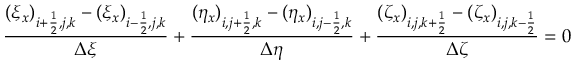
\frac { ( \xi _ { x } ) _ { i + \frac { 1 } { 2 } , j , k } - ( \xi _ { x } ) _ { i - \frac { 1 } { 2 } , j , k } } { \Delta \xi } + \frac { ( \eta _ { x } ) _ { i , j + \frac { 1 } { 2 } , k } - ( \eta _ { x } ) _ { i , j - \frac { 1 } { 2 } , k } } { \Delta \eta } + \frac { ( \zeta _ { x } ) _ { i , j , k + \frac { 1 } { 2 } } - ( \zeta _ { x } ) _ { i , j , k - \frac { 1 } { 2 } } } { \Delta \zeta } = 0